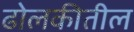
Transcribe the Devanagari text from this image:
ढोलकीतील